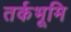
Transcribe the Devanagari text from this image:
तर्कभूमि